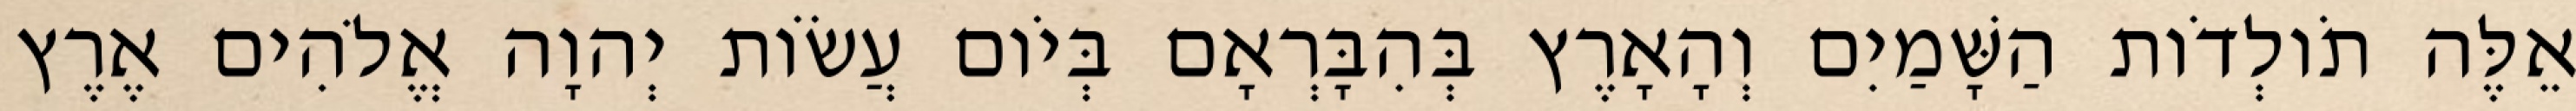
אֵלֶּה תֹולְדֹות הַשָּׁמַיִם וְהָאָרֶץ בְּהִבָּרְאָם בְּיֹום עֲשֹׂות יְהוָה אֱלֹהִים אֶרֶץ